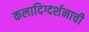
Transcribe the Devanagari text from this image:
कलादिग्दर्शनाची